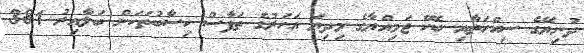
ދުނިޔޭގެ ސިއްހަތާއި ބެހޭ ޖަމިއްޔާގެ މިދިޔަ އަހަރުގެ ތަފާސް ހިސާބުތަކަށް ބަލާއިރު 38.1